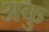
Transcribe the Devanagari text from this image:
अकु